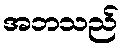
အဘသည်